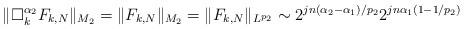
LaTeX: \begin{align*}\Vert \Box _{k}^{\alpha _{2}}F_{k,N}\Vert _{M_{2}}=\Vert F_{k,N}\Vert_{M_{2}}=\Vert F_{k,N}\Vert _{L^{p_2}}\sim 2^{jn(\alpha _{2}-\alpha_{1})/p_{2}}2^{jn\alpha _{1}(1-1/p_{2})}\end{align*}